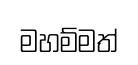
මහම්මත්